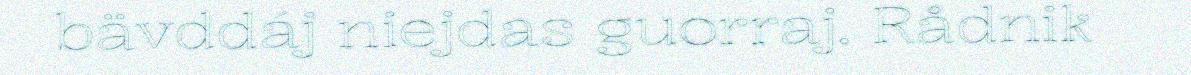
bävddáj niejdas guorraj. Rådnik